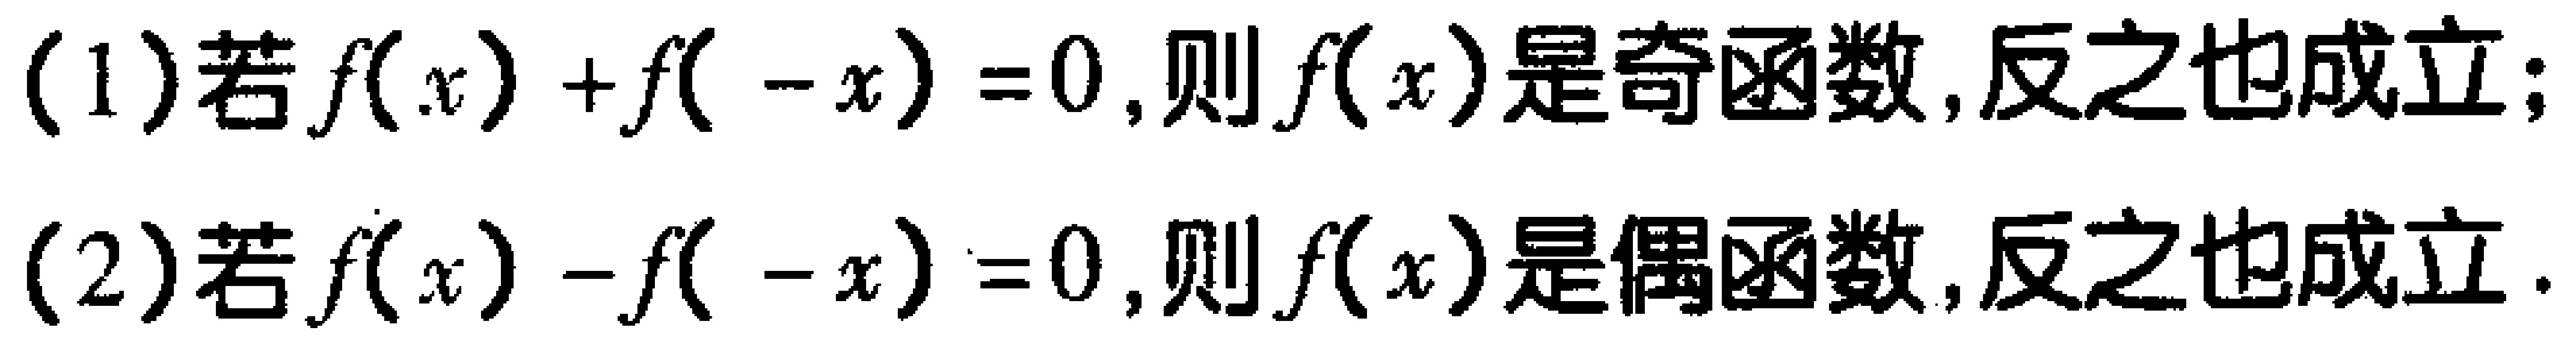
(1)若\(f(x)+f( -x)=0\)，则\(f(x)\)是奇函数，反之也成立；

(2)若\(f(x)-f( -x)=0\)，则\(f(x)\)是偶函数，反之也成立.